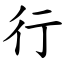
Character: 行